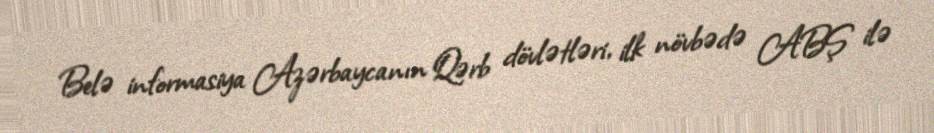
Belə informasiya Azərbaycanın Qərb dövlətləri, ilk növbədə ABŞ ilə